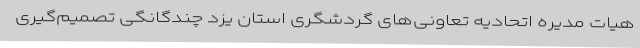
هیات مدیره اتحادیه تعاونی‌های گردشگری استان یزد چندگانگی تصمیم‌گیری